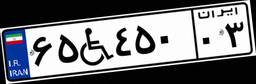
۲۳W۲۲۲۹۰